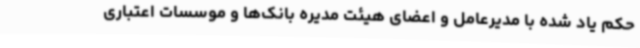
حکم یاد شده با مدیرعامل و اعضای هیئت مدیره بانک‌ها و موسسات اعتباری